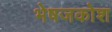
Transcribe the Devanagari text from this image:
भेषजकोश